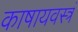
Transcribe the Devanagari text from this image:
काषायवस्त्रं